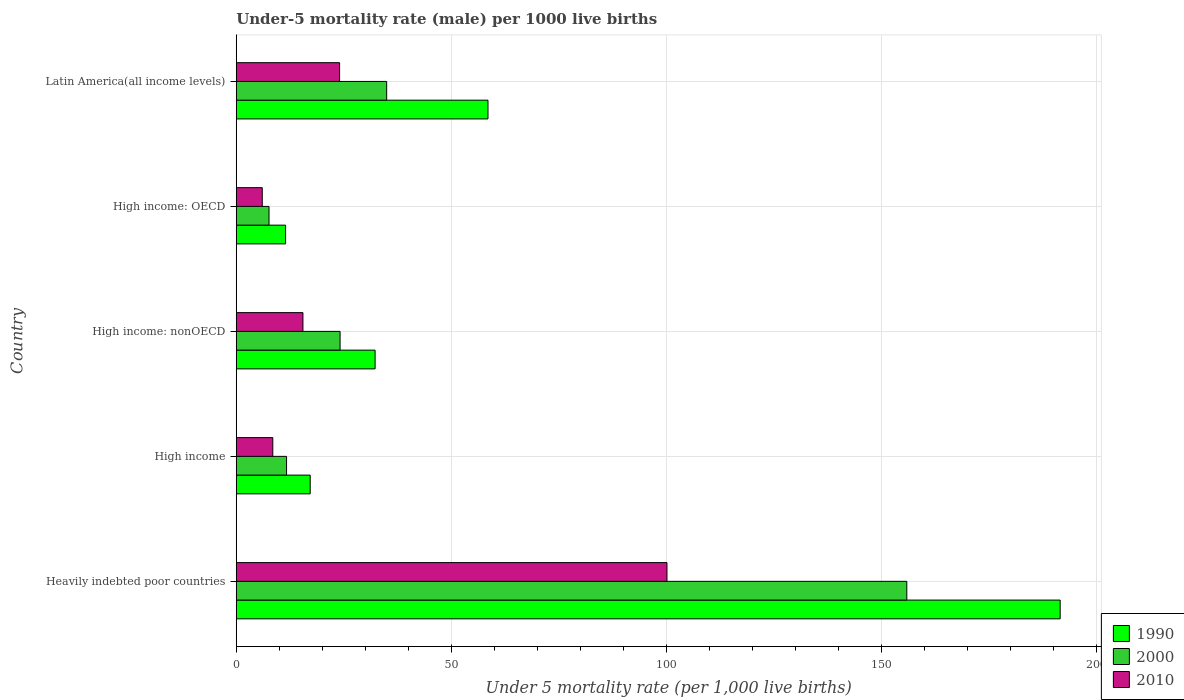
| Country | 1990 | 2000 | 2010 |
 | --- | --- | --- | --- |
 | Heavily indebted poor countries | 192 | 156 | 100 |
 | High income | 17.2 | 11.7 | 8.5 |
 | High income: nonOECD | 32.3 | 24.1 | 15.5 |
 | High income: OECD | 11.5 | 7.62 | 6.05 |
 | Latin America(all income levels) | 58.6 | 35 | 24 |